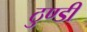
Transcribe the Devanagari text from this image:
ठुण्डी